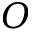
O